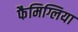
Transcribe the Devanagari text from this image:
फैमिग्लिया